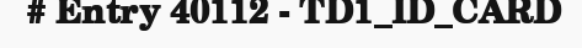
# Entry 40112 - TD1_ID_CARD